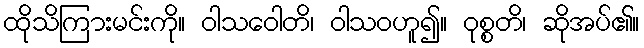
ထိုသိကြားမင်းကို။ ဝါသဝေါတိ၊ ဝါသဝဟူ၍။ ဝုစ္စတိ၊ ဆိုအပ်၏။